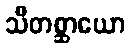
သီတစ္ဆာယော